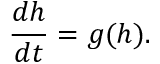
\frac { d h } { d t } = g ( h ) .